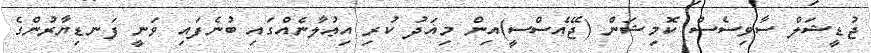
ޖުޑީޝަލް ސާވިސެސް ކޮމިޝަން (ޖޭއެސްސީ)އިން މިއަދު ކުރި އިޢުލާނެއްގައި ބުނެފައި ވަނީ ފަނޑިޔާރުންގެ